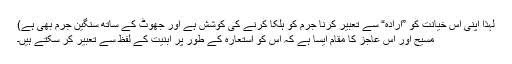
لہٰذا اپنی اس خیانت کو ”ارادہ“ سے تعبیر کرنا جرم کو ہلکا کرنے کی کوشش ہے اور جھوٹ کے ساتھ سنگین جرم بھی ہے)
مسیح اور اس عاجز کا مقام ایسا ہے کہ اس کو استعارہ کے طور پر ابنیت کے لفظ سے تعبیر کر سکتے ہیں۔